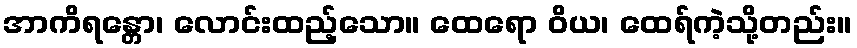
အာကိရန္တော၊ လောင်းထည့်သော။ ထေရော ဝိယ၊ ထေရ်ကဲ့သို့တည်း။